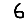
Digit: 6